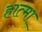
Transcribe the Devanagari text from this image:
हात्मा